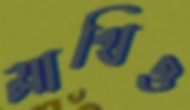
মাথিও